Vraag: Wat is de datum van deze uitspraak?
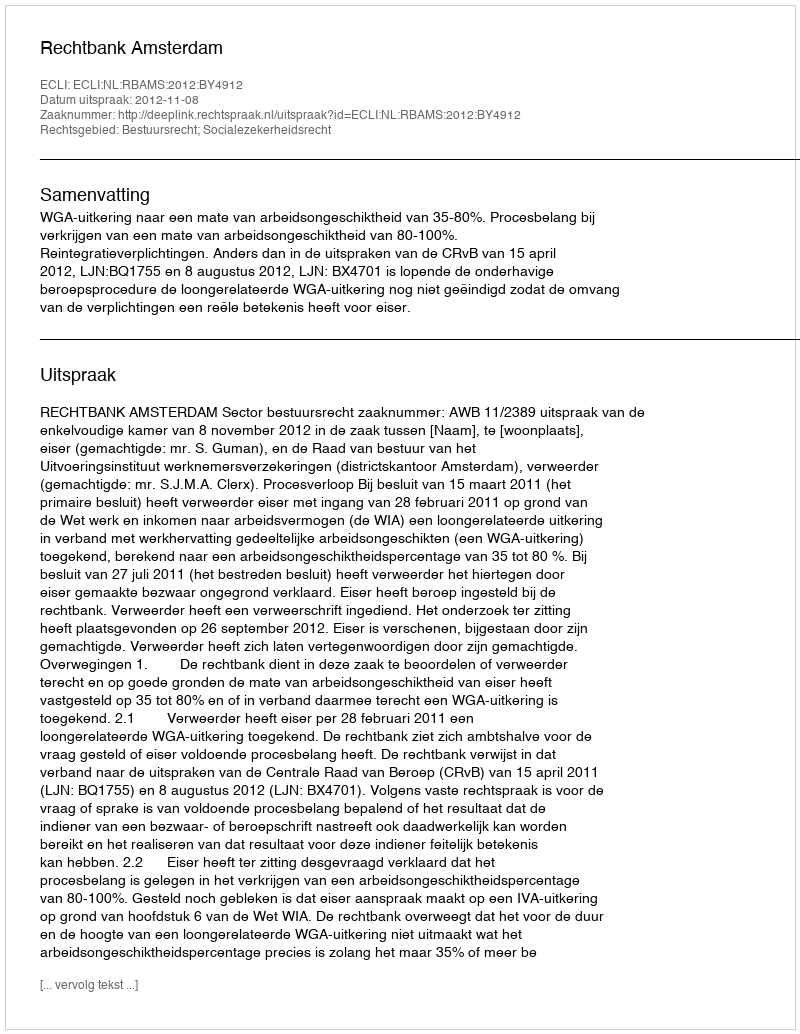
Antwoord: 2012-11-08